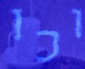
וכו